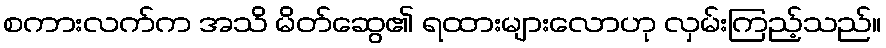
စကားလက်က အသိ မိတ်ဆွေ၏ ရထားများလောဟု လှမ်းကြည့်သည်။